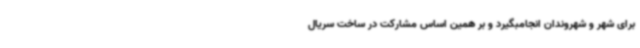
برای شهر و شهروندان انجامبگیرد و بر همین اساس مشارکت در ساخت سریال‌